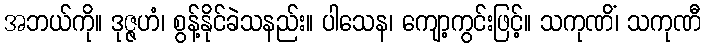
အဘယ်ကို။ ဒုဇ္ဇဟံ၊ စွန့်နိုင်ခဲသနည်း။ ပါသေန၊ ကျော့ကွင်းဖြင့်။ သကုဏိံ၊ သကုဏီ